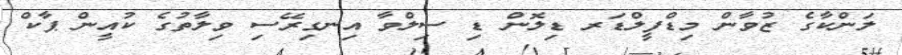
ލަންކާގެ ޒުވާން މިޑްފީލްޑަރ ޑިލޮން ޑި ސިލްވާ އިނގިރޭސި ވިލާތުގެ ކުއީން ޕާކް